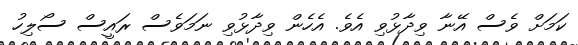
ކަމަށް ވެސް އޭނާ ވިދާޅުވި އެވެ. އެހެެން ވިދާޅުވި ނަމަވެސް ރައީސް ސޯލިހު